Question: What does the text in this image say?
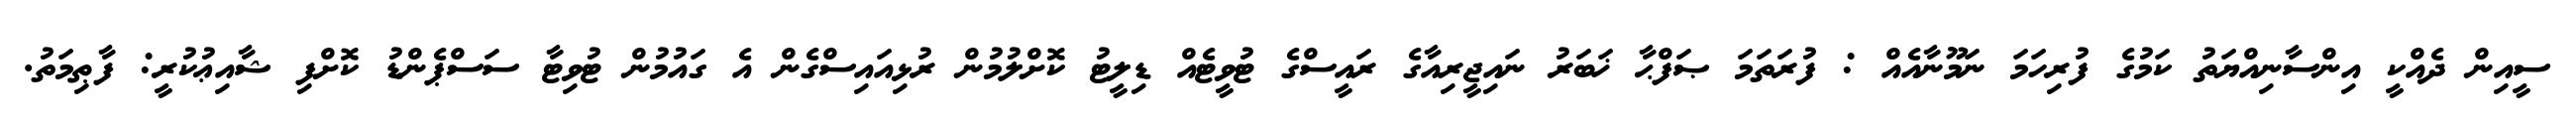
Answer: ސީއިން ދެއްކީ އިންސާނިއްޔަތު ކަމުގެ ފުރިހަމަ ނަމޫނާއެއް : ފުރަތަމަ ޞަފްޙާ ޚަބަރު ނައިޖީރިއާގެ ރައީސްގެ ޓުވީޓެއް ޑިލީޓު ކޮށްލުމުން ރުޅިއައިސްގެން އެ ގައުމުން ޓުވިޓާ ސަސްޕެންޑު ކޮށްފި ޝާއިޢުކުރީ: ފާޠިމަތު.